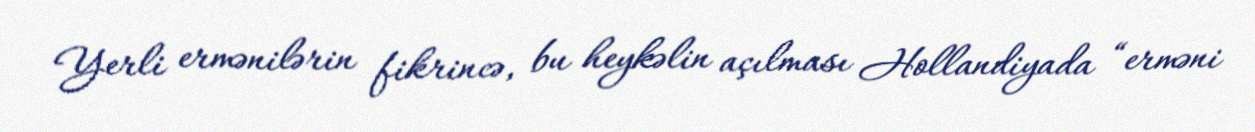
Yerli ermənilərin fikrincə, bu heykəlin açılması Hollandiyada “erməni